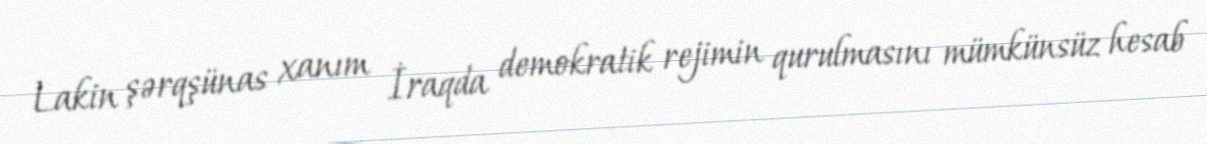
Lakin şərqşünas xanım İraqda demokratik rejimin qurulmasını mümkünsüz hesab